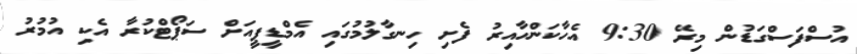
އުސްފަސްގަޑުން މިރޭ 9:30 އެހާކަންހާއިރު ފެށި ހިނގާލުމުގައި އެމްޑީޕީއަށް ސަޕޯޓްކުރާ އެކި އުމުރު